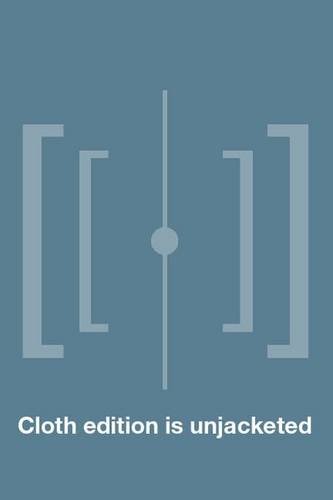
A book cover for Fighting for Total Person Unionism: Harold Gibbons, Ernest Calloway, and Working-Class Citizenship (Working Class in American History); Robert Bussel; Business & Money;